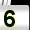
Digit: 5